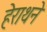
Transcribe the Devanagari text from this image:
हेराथने